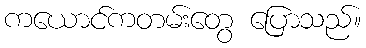
ကယောင်ကတမ်းတွေ ပြောသည်။